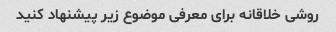
روشی خلاقانه برای معرفی موضوع زیر پیشنهاد کنید